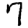
Digit: 7